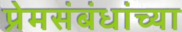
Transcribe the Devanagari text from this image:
प्रेमसंबंधांच्या